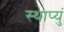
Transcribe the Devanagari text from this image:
स्थाप्युं